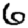
Digit: 6